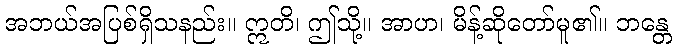
အဘယ်အပြစ်ရှိသနည်း။ ဣတိ၊ ဤသို့။ အာဟ၊ မိန့်ဆိုတော်မူ၏။ ဘန္တေ